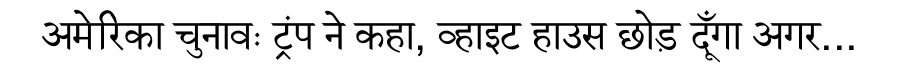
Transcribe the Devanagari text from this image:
अमेरिका चुनावः ट्रंप ने कहा, व्हाइट हाउस छोड़ दूँगा अगर...